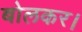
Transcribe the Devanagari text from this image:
बोलकर।